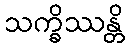
သက္ခိဿန္တိ